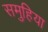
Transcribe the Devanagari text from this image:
समुहिया